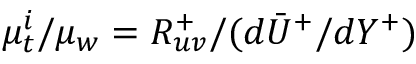
\mu _ { t } ^ { i } / \mu _ { w } = R _ { u v } ^ { + } / ( d \bar { U } ^ { + } / d Y ^ { + } )